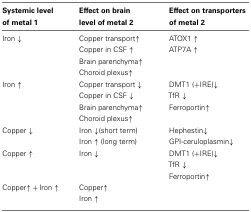
| Systemic level of metal 1 | Effect on brain level of metal 2 | Effect on transporters of metal 2 |
 | --- | --- | --- |
 | Iron ↓ | Copper transport↑ | ATOX1 ↑ |
 |  | Copper in CSF ↑ | ATP7A ↑ |
 |  | Brain parenchyma↑ Choroid plexus↑ |  |
 | Iron ↑ | Copper transport ↓ | DMT1 (+IRE)↓ |
 |  | Copper in CSF ↓ | TfR ↓ |
 |  | Brain parenchyma↑ Choroid plexus↑ | Ferroportin↑ |
 | Copper ↓ | Iron ↓(short term) | Hephestin↓ |
 |  | Iron ↑ (long term) | GPI-ceruloplasmin↓ |
 | Copper ↑ | Iron ↓ | DMT1 (+IRE)↓ |
 |  |  | TfR ↓ |
 |  |  | Ferroportin↑ |
 | Copper↑ + Iron ↑ | Copper↑ |  |
 |  | Iron ↑ |  |